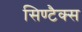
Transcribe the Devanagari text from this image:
सिण्टैक्स